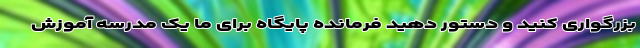
بزرگواری کنید و دستور دهید فرمانده پایگاه برای ما یک مدرسه آموزش